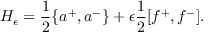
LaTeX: H _ { \epsilon } = \frac { 1 } { 2 } \{ a ^ { + } , a ^ { - } \} + \epsilon \frac { 1 } { 2 } [ f ^ { + } , f ^ { - } ] .